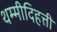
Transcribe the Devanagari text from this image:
थम्मीदिहत्ती